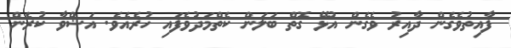
ފާއިތުވެގެން ދާއިރު ވެގެން އުޅޭ ގޮތް ބަލަން ކެތްމަދުވެފައި ހުރެއެވެ. އަޝްވާ ކުރެން